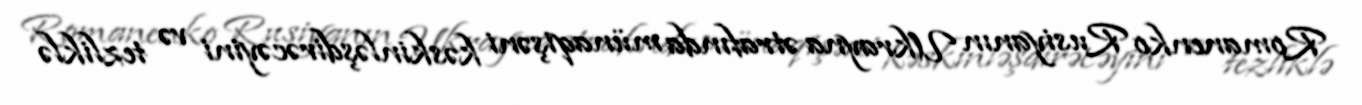
Romanenko Rusiyanın Ukrayna ətrafında münaqişəni kəskinləşdirəcəyini və tezliklə